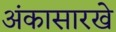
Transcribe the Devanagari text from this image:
अंकासारखे